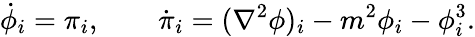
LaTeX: \dot{\phi}_{i}=\pi_{i},\qquad\dot{\pi}_{i}=(\nabla^{2}\phi)_{i}-m^{2}\phi_{i}-\phi_{i}^{3}.